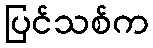
ပြင်သစ်က